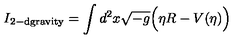
I _ { \mathrm { 2 - d g r a v i t y } } = \int d ^ { 2 } x \sqrt { - g } \Big ( \eta R - V ( \eta ) \Big )